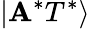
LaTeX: \left|\mathbf{A}^{*}T^{*}\right\rangle